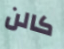
كالن